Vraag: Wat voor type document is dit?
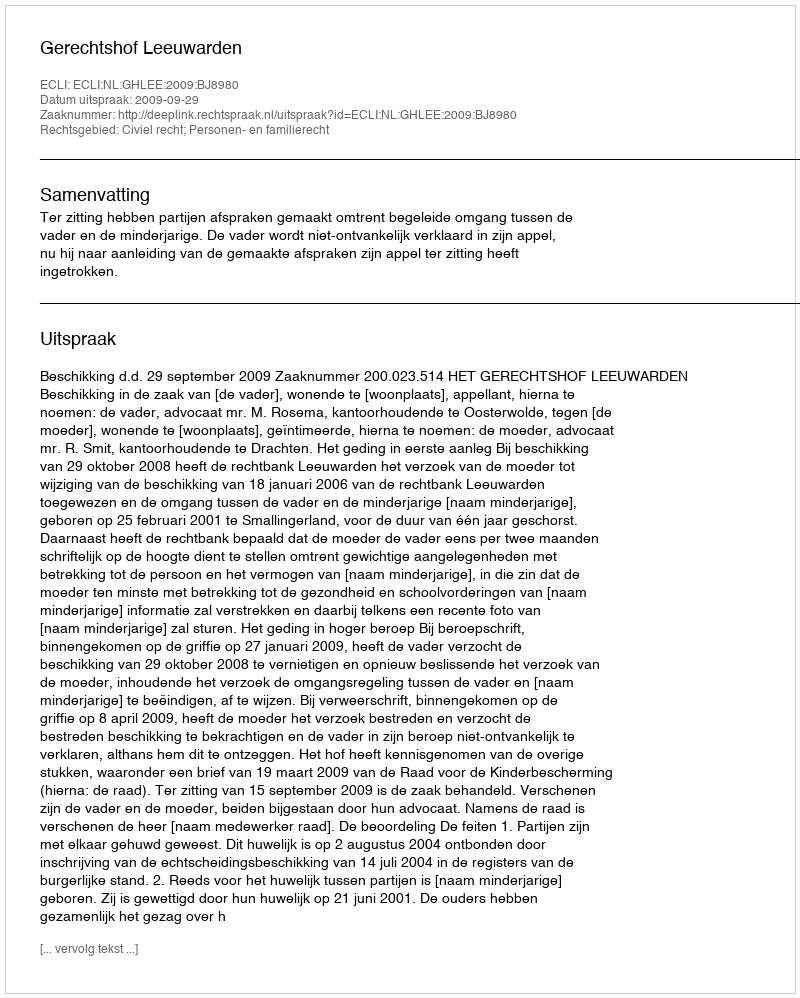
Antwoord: Uitspraak